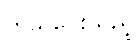
ကုသပေးသည့်